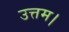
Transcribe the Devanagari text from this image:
उत्तम।